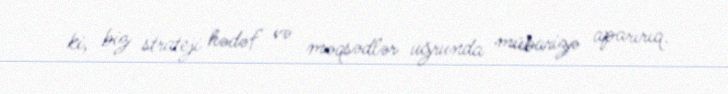
ki, biz strateji hədəf və məqsədlər uğrunda mübarizə aparırıq.